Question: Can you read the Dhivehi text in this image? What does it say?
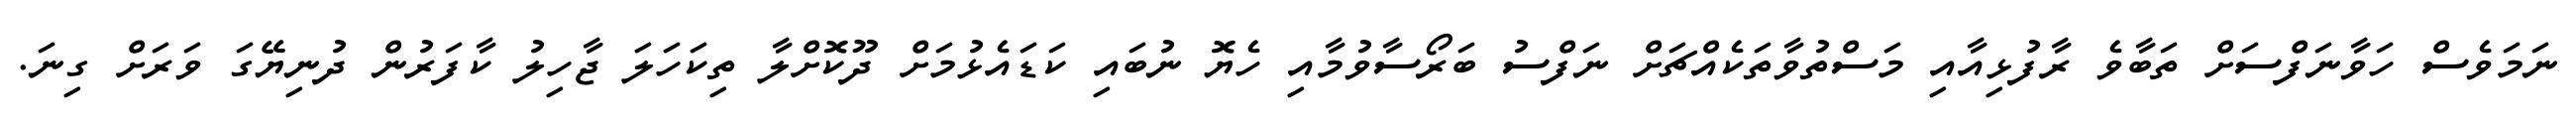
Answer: ނަމަވެސް ހަވާނަފްސަށް ތަބާވެ ރާފުޅިއާއި މަސްތުވާތަކެއްޗަށް ނަފްސު ބަރޯސާވުމާއި ހެޔޮ ނުބައި ކަޑައެޅުމަށް ދޫކޮށްލާ ތިކަހަލަ ޖާހިލު ކާފަރުން ދުނިޔޭގަ ވަރަށް ގިނަ.